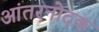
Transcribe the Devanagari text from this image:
आंतरनोदक